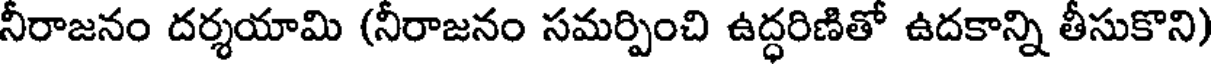
నీరాజనం దర్శయామి (నీరాజనం సమర్పించి ఉద్ధరిణితో ఉదకాన్ని తీసుకొని)